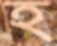
হ